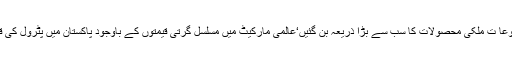
2015ء) پٹر ولیم مصنوعا ت ملکی محصولات کا سب سے بڑا ذریعہ بن گئیں‘عالمی مارکیٹ میں مسلسل گرتی قیمتوں کے باوجود پاکستان میں پٹرول کی قیمت برقراررکھی گئیں۔